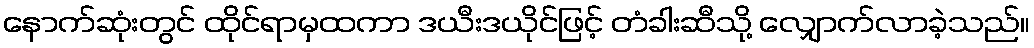
နောက်ဆုံးတွင် ထိုင်ရာမှထကာ ဒယီးဒယိုင်ဖြင့် တံခါးဆီသို့ လျှောက်လာခဲ့သည်။